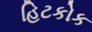
હિટકોક